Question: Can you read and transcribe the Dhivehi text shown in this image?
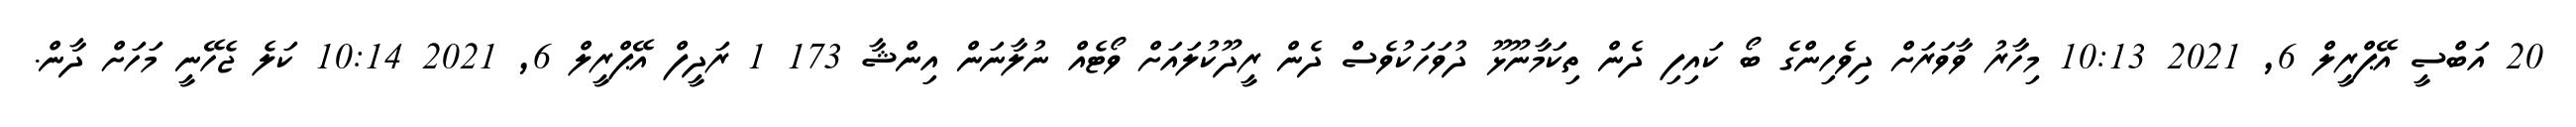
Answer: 20 އަބްސީ އޭޕްރީލް 6, 2021 10:13 މިހާރު ވާވަރަށް ދިވެހިންގެ ބޯ ކައިފި ދެން ތިކަމާނޫޅޫ ދުވަހަކުވެސް ދެން ރީދޫކުލައަށް ވޯޓެއް ނުލާނަން އިންޝާ 173 1 ރަދީފް އޭޕްރީލް 6, 2021 10:14 ކަލެ ޖެހޭނީ މަހަށް ދާން.